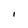
Character: I